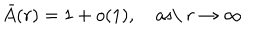
\bar { A } ( r ) = 1 + o ( 1 ) , \quad \mathrm { a s \ } r \to \infty